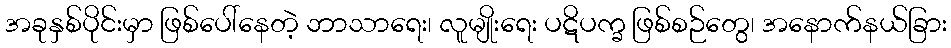
အခုနှစ်ပိုင်းမှာ ဖြစ်ပေါ်နေတဲ့ ဘာသာရေး၊ လူမျိုးရေး ပဋိပက္ခ ဖြစ်စဉ်တွေ၊ အနောက်နယ်ခြား